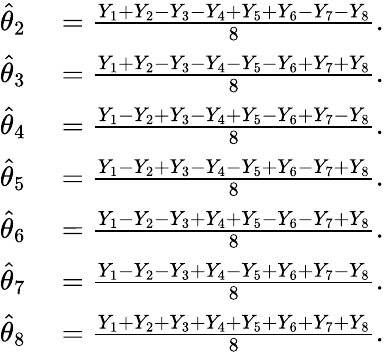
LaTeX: \begin{array}{rl}{{\widehat{\theta}}_{2}}&{{}={\frac{Y_{1}+Y_{2}-Y_{3}-Y_{4}+Y_{5}+Y_{6}-Y_{7}-Y_{8}}{8}}.}\\ {{\widehat{\theta}}_{3}}&{{}={\frac{Y_{1}+Y_{2}-Y_{3}-Y_{4}-Y_{5}-Y_{6}+Y_{7}+Y_{8}}{8}}.}\\ {{\widehat{\theta}}_{4}}&{{}={\frac{Y_{1}-Y_{2}+Y_{3}-Y_{4}+Y_{5}-Y_{6}+Y_{7}-Y_{8}}{8}}.}\\ {{\widehat{\theta}}_{5}}&{{}={\frac{Y_{1}-Y_{2}+Y_{3}-Y_{4}-Y_{5}+Y_{6}-Y_{7}+Y_{8}}{8}}.}\\ {{\widehat{\theta}}_{6}}&{{}={\frac{Y_{1}-Y_{2}-Y_{3}+Y_{4}+Y_{5}-Y_{6}-Y_{7}+Y_{8}}{8}}.}\\ {{\widehat{\theta}}_{7}}&{{}={\frac{Y_{1}-Y_{2}-Y_{3}+Y_{4}-Y_{5}+Y_{6}+Y_{7}-Y_{8}}{8}}.}\\ {{\widehat{\theta}}_{8}}&{{}={\frac{Y_{1}+Y_{2}+Y_{3}+Y_{4}+Y_{5}+Y_{6}+Y_{7}+Y_{8}}{8}}.}\end{array}